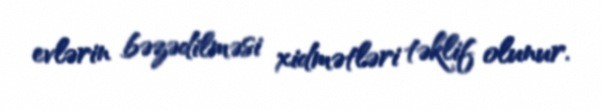
evlərin bəzədilməsi xidmətləri təklif olunur.